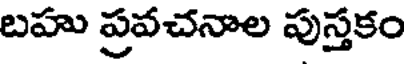
బహు ప్రవచనాల పుస్తకం